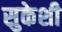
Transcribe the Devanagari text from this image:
सुकेशी